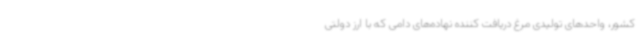
کشور، واحدهای تولیدی مرغ دریافت کننده نهاده‌های دامی که با ارز دولتی